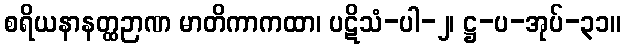
စရိယနာနတ္ထဉာဏ မာတိကာကထာ၊ ပဋိသံ-ပါ-၂၊ ဋ္ဌ-ပ-အုပ်-၃၁။